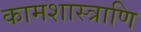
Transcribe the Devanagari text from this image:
कामशास्त्राणि